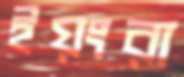
ইয়ংরা